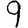
Digit: 9